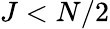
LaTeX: J<N/2